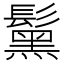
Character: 𩯗